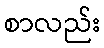
စာလည်း